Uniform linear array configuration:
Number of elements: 8
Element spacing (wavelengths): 0.25
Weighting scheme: cosine
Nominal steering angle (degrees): -15
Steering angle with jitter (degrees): -15.689
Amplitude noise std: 0.05
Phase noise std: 0.05

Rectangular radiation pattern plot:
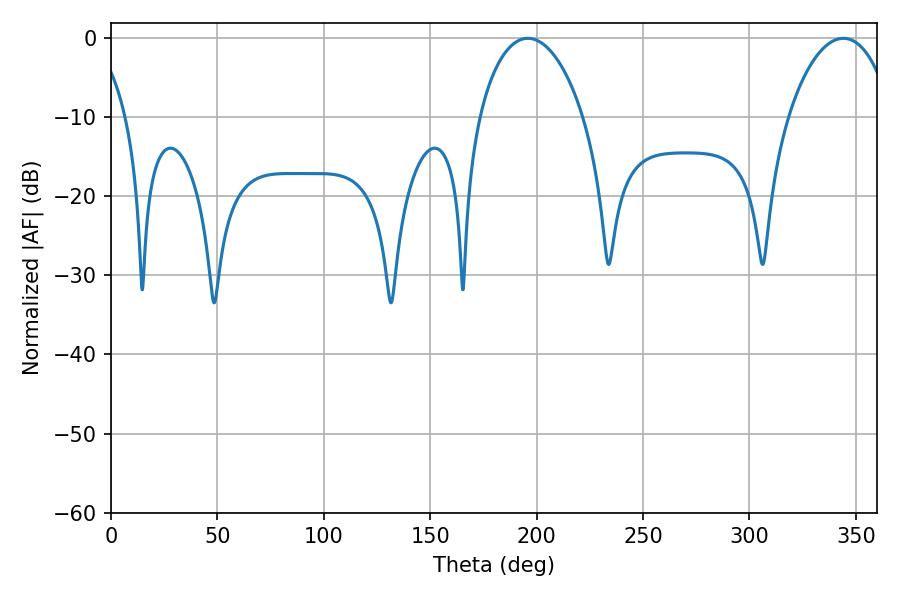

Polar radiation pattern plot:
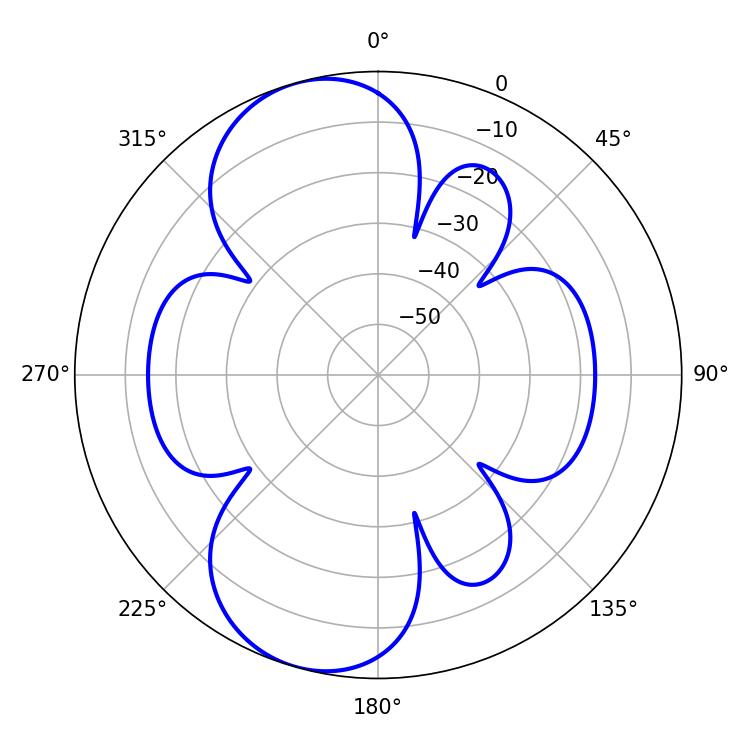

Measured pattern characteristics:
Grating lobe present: FALSE
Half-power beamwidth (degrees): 27.9
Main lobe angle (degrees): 195.84